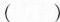
( )